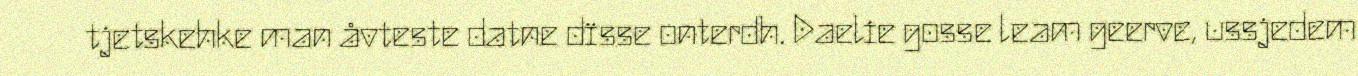
tjetskehke man åvteste datne dïsse onterdh. Daelie gosse leam geerve, ussjedem